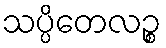
သပ္ပိတေလဉ္စ